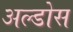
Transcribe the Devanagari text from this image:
अल्डोस